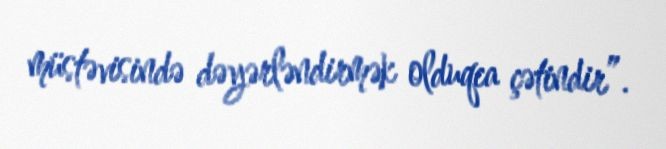
müstəvisində dəyərləndirmək olduqca çətindir”.